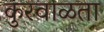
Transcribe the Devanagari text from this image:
कुरवाळता